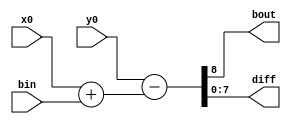
// #GROUP NO:14
// #ASSIGNMENT 5
// #Question No 1
// #NAMES: Pasupulety Chethan Krishna Venkat(21CS30036)
// #      :Vikhyath Gummadi (21CS10028)
// #Autumn 2023


`timescale 1ns / 1ps




module substractor(y0,x0,bin,bout,diff);
  input [7:0] x0;             // input 8 bit x0 
  input [7:0] y0;              // input 8 bit y0
  output [7:0] diff;            // output 8 bit diff
  input bin;                // input bin
  output bout;              // output bout
 
    wire [7:0] temp;        // temp variable
 
  assign temp=x0+bin;       // temp=x0+bin
  assign {bout,diff}=y0-temp;       // {bout,diff}=y0-temp
   
endmodule


module top_level(x,clk,y);      // top level module
  input [31:0] x;            // input 32 bit x
  input clk;                // input clk
  output [31:0] y;              // output 32 bit y

 
  reg [7:0] x4,x3,x2,x1;        // 8 bit x4,x3,x2,x1
  wire [7:0] y4,y3,y2,y1;       // 8 bit y4,y3,y2,y1
  wire b4,b3,b2,b1;             // b4,b3,b2,b1
 
  //INSTANTIATING SUBSTRACTOR MODULES
  substractor sub1(.y0(8'b00000000),.x0(x1),.bin(1'b0),.bout(b1),.diff(y1));
  substractor sub2(.y0(y1),.x0(x2),.bin(b1),.bout(b2),.diff(y2));
  substractor sub3(.y0(y2),.x0(x3),.bin(b2),.bout(b3),.diff(y3));
  substractor sub4(.y0(y3),.x0(x4),.bin(b3),.bout(b4),.diff(y4));
 
  always @(posedge clk)
    begin
    x1<=x[7:0];
  x2<=x[15:8];
  x3<=x[23:16];
  x4<=x[31:24];
    end
 

 //concactinating all the results from the substracted modules
  assign y={y4,y3,y2,y1};
 
 endmodule